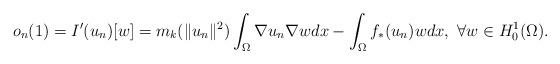
LaTeX: \begin{align*}o_{n}(1)=I'(u_{n})[w]=m_{k}(\|u_{n}\|^{2})\int_{\Omega}\nabla u_{n}\nabla w dx-\int_{\Omega}f_{\ast}(u_{n})wdx, \ \forall w\in H_{0}^{1}(\Omega).\end{align*}